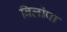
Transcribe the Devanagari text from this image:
बिलोपा